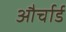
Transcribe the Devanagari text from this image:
और्चार्ड